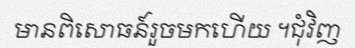
មានពិសោធន៍រួចមកហើយ ។ជុំវិញ